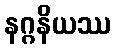
နဂ္ဂနိယဿ